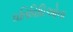
ઘતિવિધિઓના